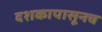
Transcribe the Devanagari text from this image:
दशकापासूनच